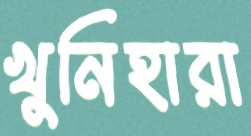
খুনিহারা